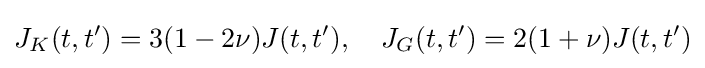
J_{K}(t,t^{\prime })=3(1-2\nu )J(t,t^{\prime }),~~~J_{G}(t,t^{\prime })=2(1+\nu )J(t,t^{\prime })